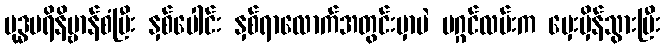
ဗုဒ္ဓပရိနိဗ္ဗာန်စံပြီး နှစ်ပေါင်း နှစ်ရာလောက်အတွင်းမှာပဲ မဂ္ဂင်လမ်းက မှေးမှိန်သွားပြီး